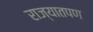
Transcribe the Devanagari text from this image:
राज्यातपण